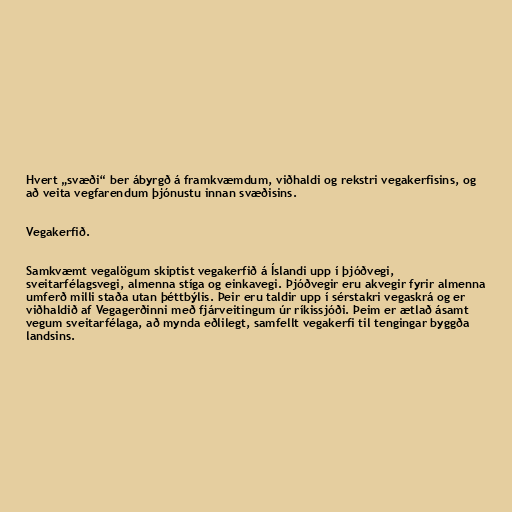
Hvert „svæði“ ber ábyrgð á framkvæmdum, viðhaldi og rekstri vegakerfisins, og
að veita vegfarendum þjónustu innan svæðisins.

Vegakerfið.

Samkvæmt vegalögum skiptist vegakerfið á Íslandi upp í þjóðvegi,
sveitarfélagsvegi, almenna stíga og einkavegi. Þjóðvegir eru akvegir fyrir almenna
umferð milli staða utan þéttbýlis. Þeir eru taldir upp í sérstakri vegaskrá og er
viðhaldið af Vegagerðinni með fjárveitingum úr ríkissjóði. Þeim er ætlað ásamt
vegum sveitarfélaga, að mynda eðlilegt, samfellt vegakerfi til tengingar byggða
landsins.